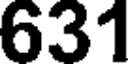
631